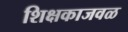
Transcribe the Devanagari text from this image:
शिक्षकाजवळ